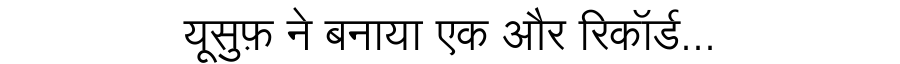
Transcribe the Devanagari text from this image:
यूसुफ़ ने बनाया एक और रिकॉर्ड...